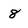
Character: 8